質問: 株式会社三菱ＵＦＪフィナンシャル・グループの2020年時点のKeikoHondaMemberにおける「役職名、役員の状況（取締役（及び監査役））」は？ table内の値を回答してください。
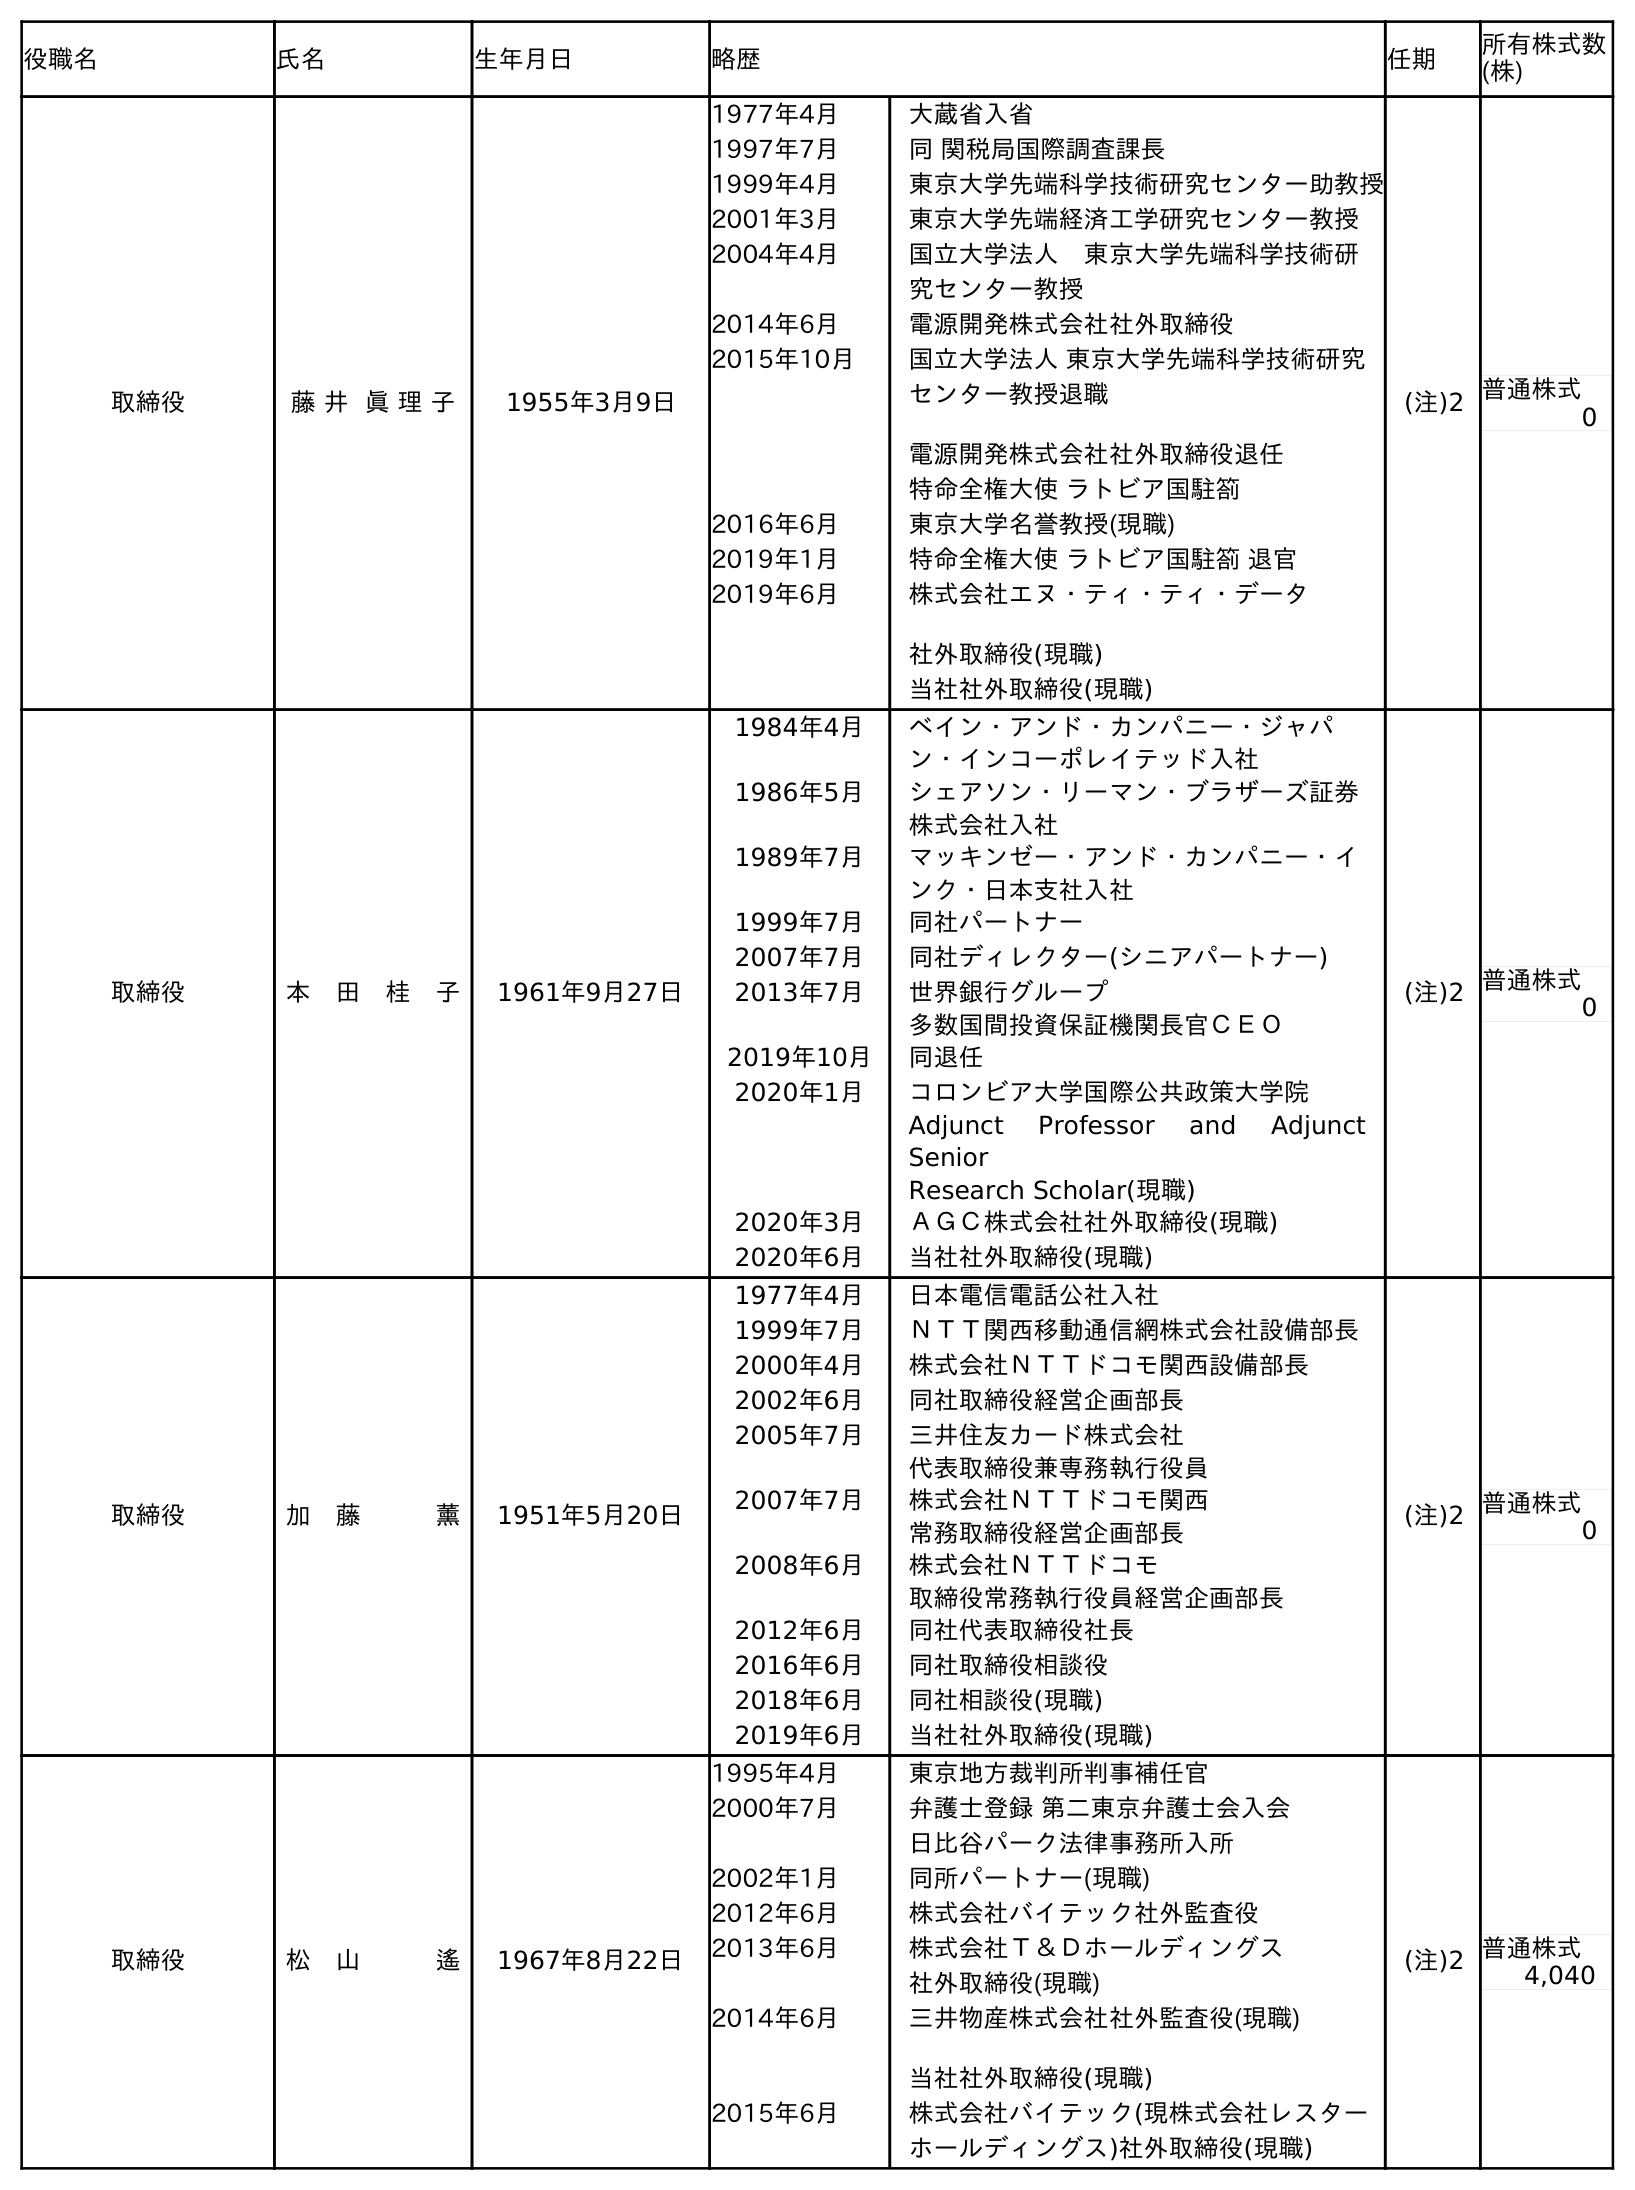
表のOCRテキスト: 役職名 氏名 生年月日 略歴 任期 所有株式数 (株) 取締役 藤 井 眞 理 子 1955年3月9日 1977年4月 大蔵省入省 1997年7月 同 関税局国際調査課長 1999年4月 東京大学先端科学技術研究センター助教授 2001年3月 東京大学先端経済工学研究センター教授 2004年4月 国立大学法人 東京大学先端科学技術研 究センター教授 2014年6月 電源開発株式会社社外取締役 2015年10月 国立大学法人 東京大学先端科学技術研究 センター教授退職 電源開発株式会社社外取締役退任 特命全権大使 ラトビア国駐箚 2016年6月 東京大学名誉教授(現職) 2019年1月 特命全権大使 ラトビア国駐箚 退官 2019年6月 株式会社エヌ・ティ・ティ・データ 社外取締役(現職) 当社社外取締役(現職) (注)2 普通株式 0 取締役 本 田 桂 子 1961年9月27日 1984年4月 ベイン・アンド・カンパニー・ジャパ ン・インコーポレイテッド入社 1986年5月 シェアソン・リーマン・ブラザーズ証券 株式会社入社 1989年7月 マッキンゼー・アンド・カンパニー・イ ンク・日本支社入社 1999年7月 同社パートナー 2007年7月 同社ディレクター(シニアパートナー) 2013年7月 世界銀行グループ 多数国間投資保証機関長官ＣＥＯ 2019年10月 同退任 2020年1月 コロンビア大学国際公共政策大学院 Adjunct Professor and Adjunct Senior Research Scholar(現職) 2020年3月 ＡＧＣ株式会社社外取締役(現職) 2020年6月 当社社外取締役(現職) (注)2 普通株式 0 取締役 加 藤   薰 1951年5月20日 1977年4月 日本電信電話公社入社 1999年7月 ＮＴＴ関西移動通信網株式会社設備部長 2000年4月 株式会社ＮＴＴドコモ関西設備部長 2002年6月 同社取締役経営企画部長 2005年7月 三井住友カード株式会社 代表取締役兼専務執行役員 2007年7月 株式会社ＮＴＴドコモ関西 常務取締役経営企画部長 2008年6月 株式会社ＮＴＴドコモ 取締役常務執行役員経営企画部長 2012年6月 同社代表取締役社長 2016年6月 同社取締役相談役 2018年6月 同社相談役(現職) 2019年6月 当社社外取締役(現職) (注)2 普通株式 0 取締役 松 山   遙 1967年8月22日 1995年4月 東京地方裁判所判事補任官 2000年7月 弁護士登録 第二東京弁護士会入会 日比谷パーク法律事務所入所 2002年1月 同所パートナー(現職) 2012年6月 株式会社バイテック社外監査役 2013年6月 株式会社Ｔ＆Ｄホールディングス 社外取締役(現職) 2014年6月 三井物産株式会社社外監査役(現職) 当社社外取締役(現職) 2015年6月 株式会社バイテック(現株式会社レスター ホールディングス)社外取締役(現職) (注)2 普通株式 4,040
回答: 取締役